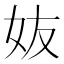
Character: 𡛀